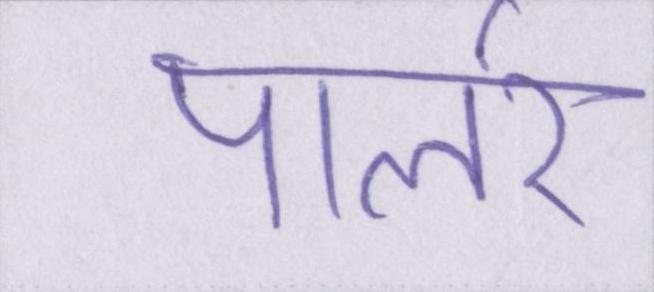
पार्लर